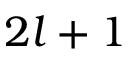
2 l + 1